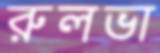
রুলভা